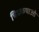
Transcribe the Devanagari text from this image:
चित्रकथाओ